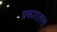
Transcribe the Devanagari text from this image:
प्रकारातला